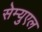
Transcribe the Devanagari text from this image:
सेम्युएल